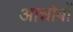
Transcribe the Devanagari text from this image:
आन्नोबों